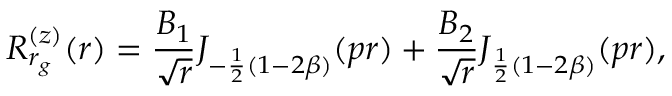
R _ { r _ { g } } ^ { ( z ) } ( r ) = \frac { B _ { 1 } } { \sqrt { r } } J _ { - \frac { 1 } { 2 } ( 1 - 2 \beta ) } ( p r ) + \frac { B _ { 2 } } { \sqrt { r } } J _ { \frac { 1 } { 2 } ( 1 - 2 \beta ) } ( p r ) ,